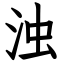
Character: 浊